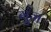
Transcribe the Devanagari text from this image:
गू्ंज